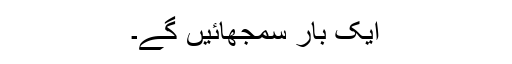
ایک بار سمجھائیں گے۔